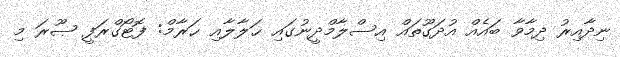
ނިދާއިރު ދިމާވާ ބައެއް އުދަގޫތައް އިސްލާމްދީނުގައި ޙަލާލާއި ޙަރާމް: ފޮޓޯގްރަފީ ޞޫރަ މި